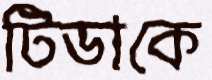
টিডাকে